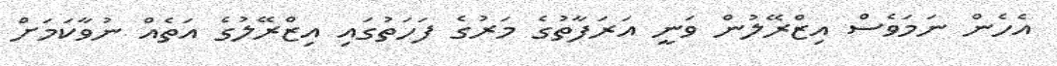
އެހެން ނަމަވެސް އިޒްރޭލުން ވަނީ އަރަފާތުގެ މަރުގެ ފަހަތުގައި އިޒްރޭލުގެ އަތެއް ނުވާކަމަށް